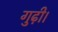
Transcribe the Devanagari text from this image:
गुढ़ी।